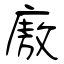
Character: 廒